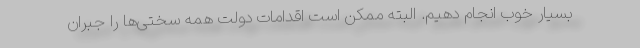
بسیار خوب انجام دهیم. البته ممکن است اقدامات دولت همه سختی‌ها را جبران